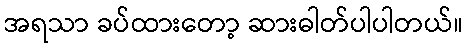
အရသာ ခပ်ထားတော့ ဆားဓါတ်ပါပါတယ်။